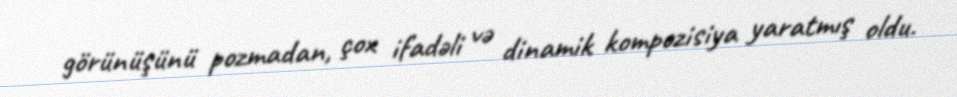
görünüşünü pozmadan, çox ifadəli və dinamik kompozisiya yaratmış oldu.